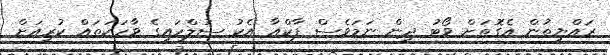
ރައްޔިތުން އެގޮތަށް ވޯޓު ދިން ނަމަވެސް ފާކްއާ އެކު ސުލްހައިގެ ވާހަކަތައް ކުރިއަށް